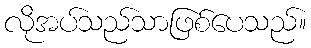
လိုအပ်သည်သာဖြစ်ပေသည်။